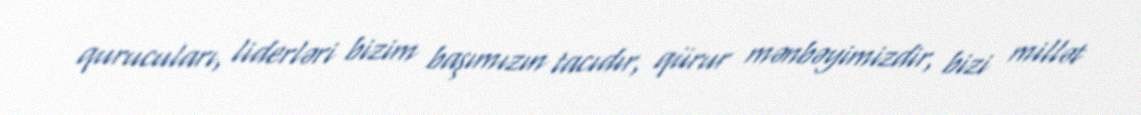
qurucuları, liderləri bizim başımızın tacıdır, qürur mənbəyimizdir, bizi millət